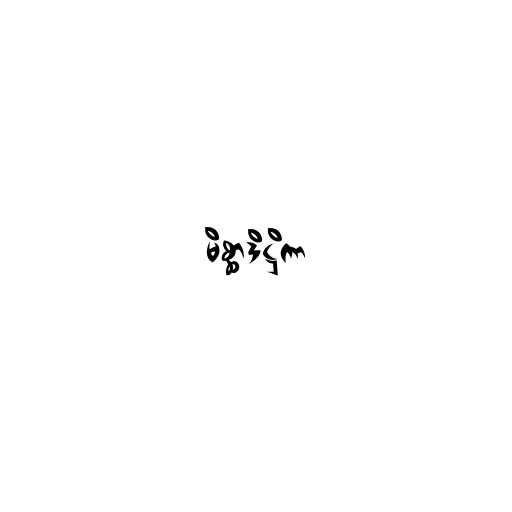
မိစ္ဆာဒိဋ္ဌိကာ